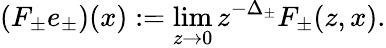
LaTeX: (F_{\pm}e_{\pm})(x):=\operatorname*{lim}_{z\to 0}z^{-\Delta_{\pm}}F_{\pm}(z,x).